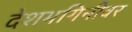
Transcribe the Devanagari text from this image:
देशभगिनीवर